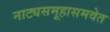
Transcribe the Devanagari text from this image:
नाट्यसमूहासमवेत